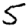
Digit: 5